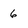
Character: 6